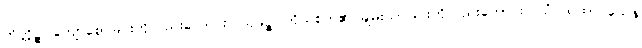
ကိတ္တိဉ္စ၊ ကျော်စောခြင်းကိုလည်းကောင်း။ သုခဉ္စ၊ ကိုယ်စိတ်၏ ချမ်းသာခြင်းကိုလည်းကောင်း။ ယံ ယထာ ယေန